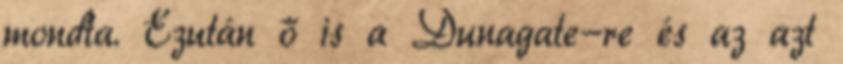
mondta. Ezután ő is a Dunagate-re és az azt